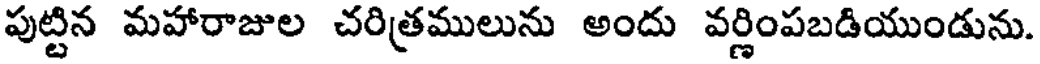
పుట్టిన మహారాజుల చరిత్రములును అందు వర్ణింపబడియుండును.